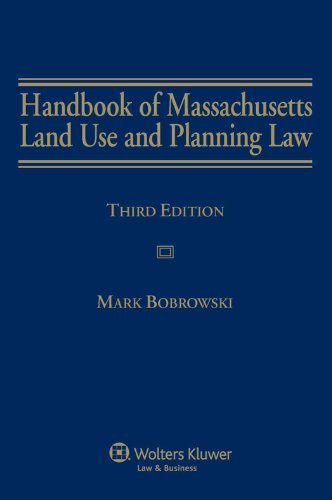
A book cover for Handbook of Massachusetts Land Use and Planning Law, Third Edition; Mark Bobrowski; Law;